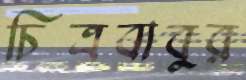
চিত্রবাবুর